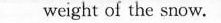
weight of the snow.